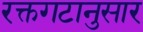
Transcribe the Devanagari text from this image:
रक्तगटानुसार